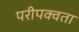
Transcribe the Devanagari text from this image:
परीपक्वता